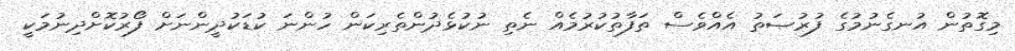
މިގޮތުން އުނގެނުމުގެ ފުރުޞަތު އެއްވެސް ތަފާތުކުރުމެއް ނެތި ނުކުޅެދުންތެރިކަން ހުންނަ ކުޑަކުދީންނަށް ފޯރުކޮށްދިނުމަކީ